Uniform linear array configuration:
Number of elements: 24
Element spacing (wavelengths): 0.25
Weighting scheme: uniform
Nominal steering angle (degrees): -15
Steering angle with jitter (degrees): -13.223
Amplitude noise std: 0.05
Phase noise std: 0.05

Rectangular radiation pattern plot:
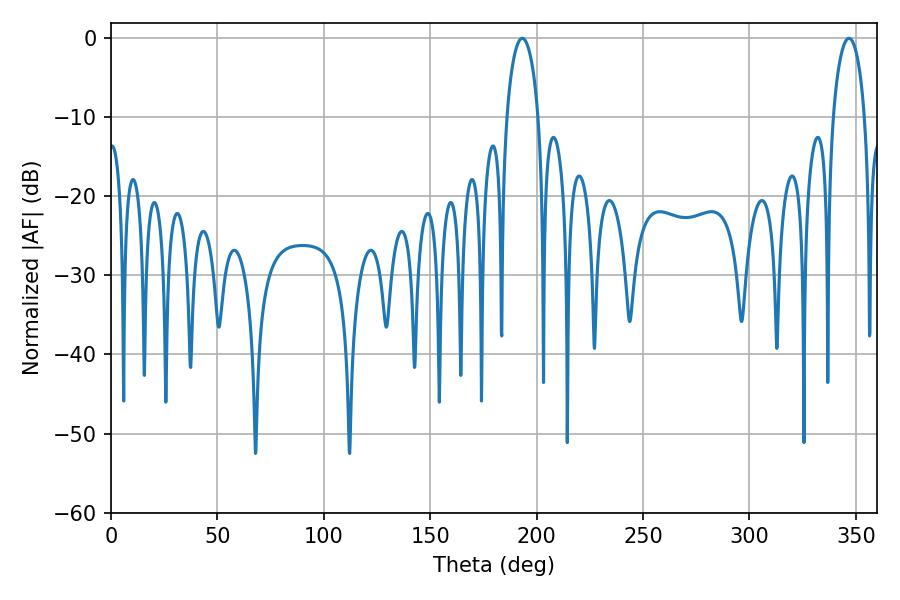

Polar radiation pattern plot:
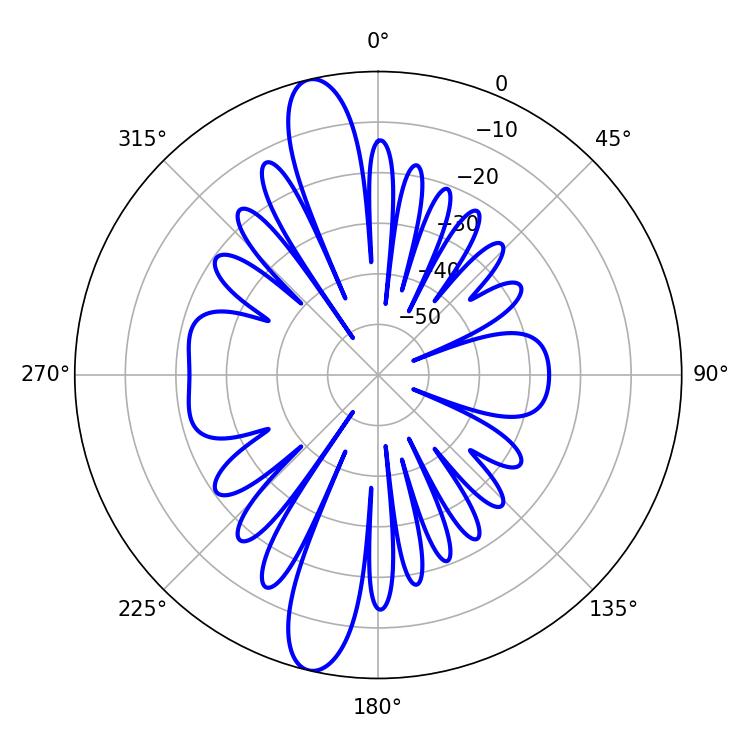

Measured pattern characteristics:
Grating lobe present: FALSE
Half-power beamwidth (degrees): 8.46
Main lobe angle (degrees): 193.32